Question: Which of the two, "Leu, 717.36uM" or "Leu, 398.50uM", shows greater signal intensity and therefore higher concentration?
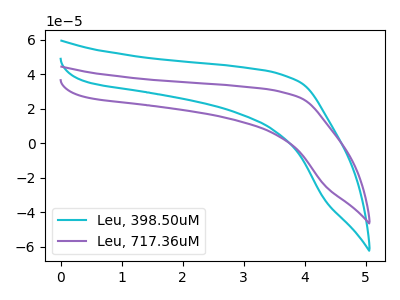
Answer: <think>The cyan curve "Leu, 398.50uM" has no peaks. The purple curve "Leu, 717.36uM" has no peaks.
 Neither "Leu, 717.36uM" or "Leu, 398.50uM" have any peaks.</think>
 <answer>I cant tell if "Leu, 717.36uM" or "Leu, 398.50uM" has higher concentration.</answer>
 <eval>mixed_concentration</eval>